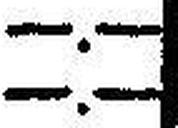
—.—